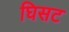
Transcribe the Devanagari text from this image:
घिसट